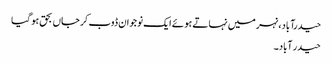
حیدرآباد، نہر میں نہاتے ہو ئے ایک نوجوان ڈوب کر جاں بحق ہو گیا
حیدر آباد۔